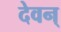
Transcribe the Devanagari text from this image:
देवन्